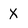
Character: X